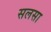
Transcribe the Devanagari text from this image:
सलसा